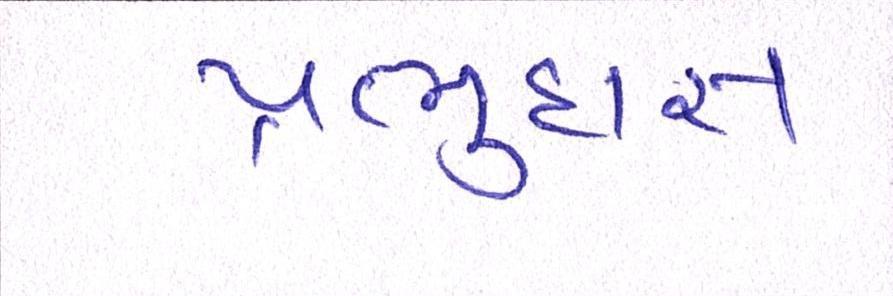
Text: પ્રભુદાસ